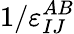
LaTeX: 1/\varepsilon_{IJ}^{AB}